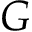
G